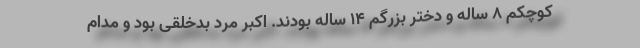
کوچکم ۸ ساله و دختر بزرگم ۱۴ ساله بودند. اکبر مرد بدخلقی بود و مدام